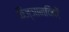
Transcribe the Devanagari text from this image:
विज्ञानविदों